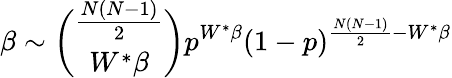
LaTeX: \beta\sim\binom{\frac{N(N-1)}{2}}{W^{*}\beta}p^{W^{*}\beta}(1-p)^{\frac{N(N-1)}{2}-W^{*}\beta}